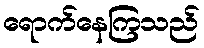
ရောက်နေကြသည်